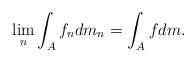
LaTeX: \begin{align*} \lim_n \int_{A} f_ndm_n = \int_{A} fdm.\end{align*}